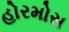
હોરમોસ